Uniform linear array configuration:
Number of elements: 24
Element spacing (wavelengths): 1
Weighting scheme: hamming
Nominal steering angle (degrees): -45
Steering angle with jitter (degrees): -44.447
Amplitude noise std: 0.05
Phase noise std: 0.05

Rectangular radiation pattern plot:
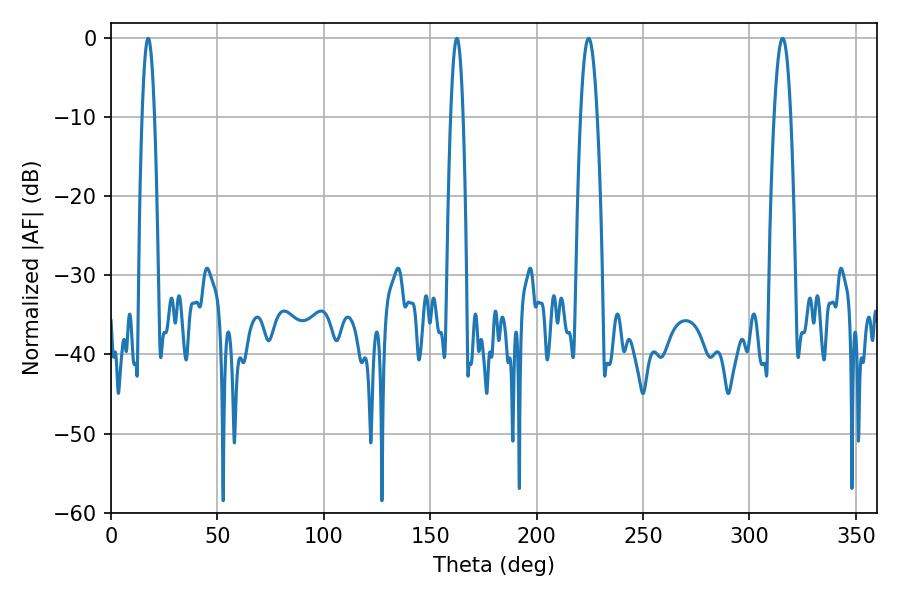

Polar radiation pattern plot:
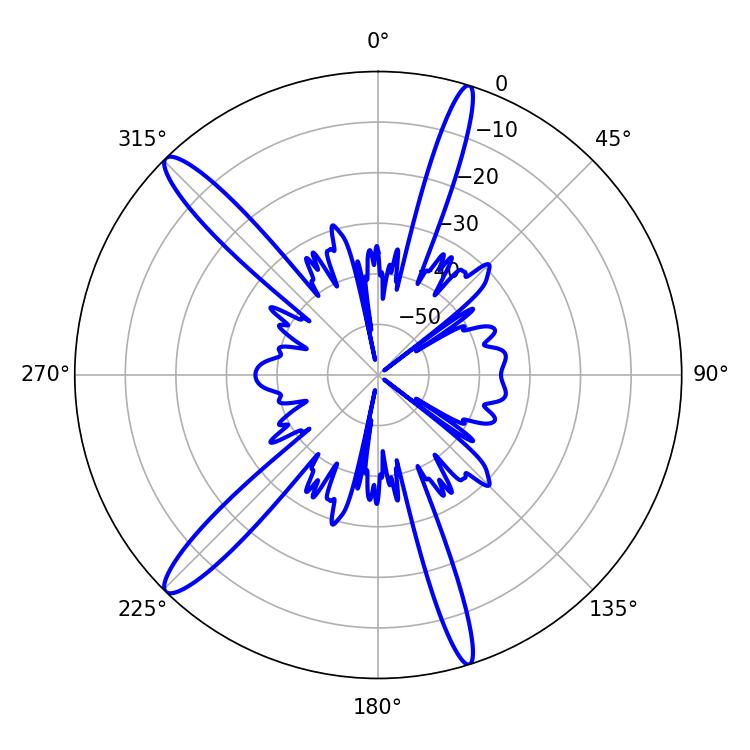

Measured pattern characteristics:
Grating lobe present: TRUE
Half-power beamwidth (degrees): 3.24
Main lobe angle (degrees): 162.54